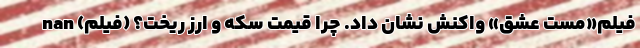
فیلم«مست عشق» واکنش نشان داد. چرا قیمت سکه و ارز ریخت؟ (فیلم) nan